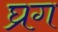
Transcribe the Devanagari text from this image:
घ्रग